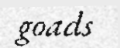
goads